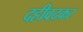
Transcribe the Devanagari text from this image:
दहीवदकर